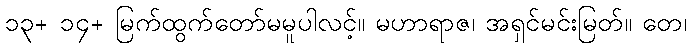
၁၃+ ၁၄+ မြက်ထွက်တော်မမူပါလင့်။ မဟာရာဇ၊ အရှင်မင်းမြတ်။ တေ၊